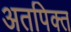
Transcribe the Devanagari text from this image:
अतपिक्त